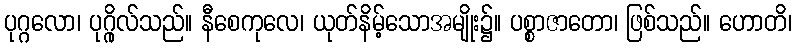
ပုဂ္ဂလော၊ ပုဂ္ဂိုလ်သည်။ နီစေကုလေ၊ ယုတ်နိမ့်သောအမျိုး၌။ ပစ္စာဇာတော၊ ဖြစ်သည်။ ဟောတိ၊